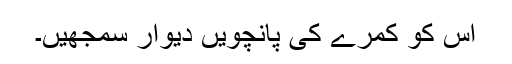
اِس کو کمرے کی پانچویں دیوار سمجھیں۔